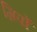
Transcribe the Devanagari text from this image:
ग्रिपों